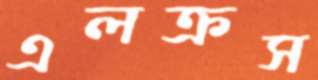
এলক্রস